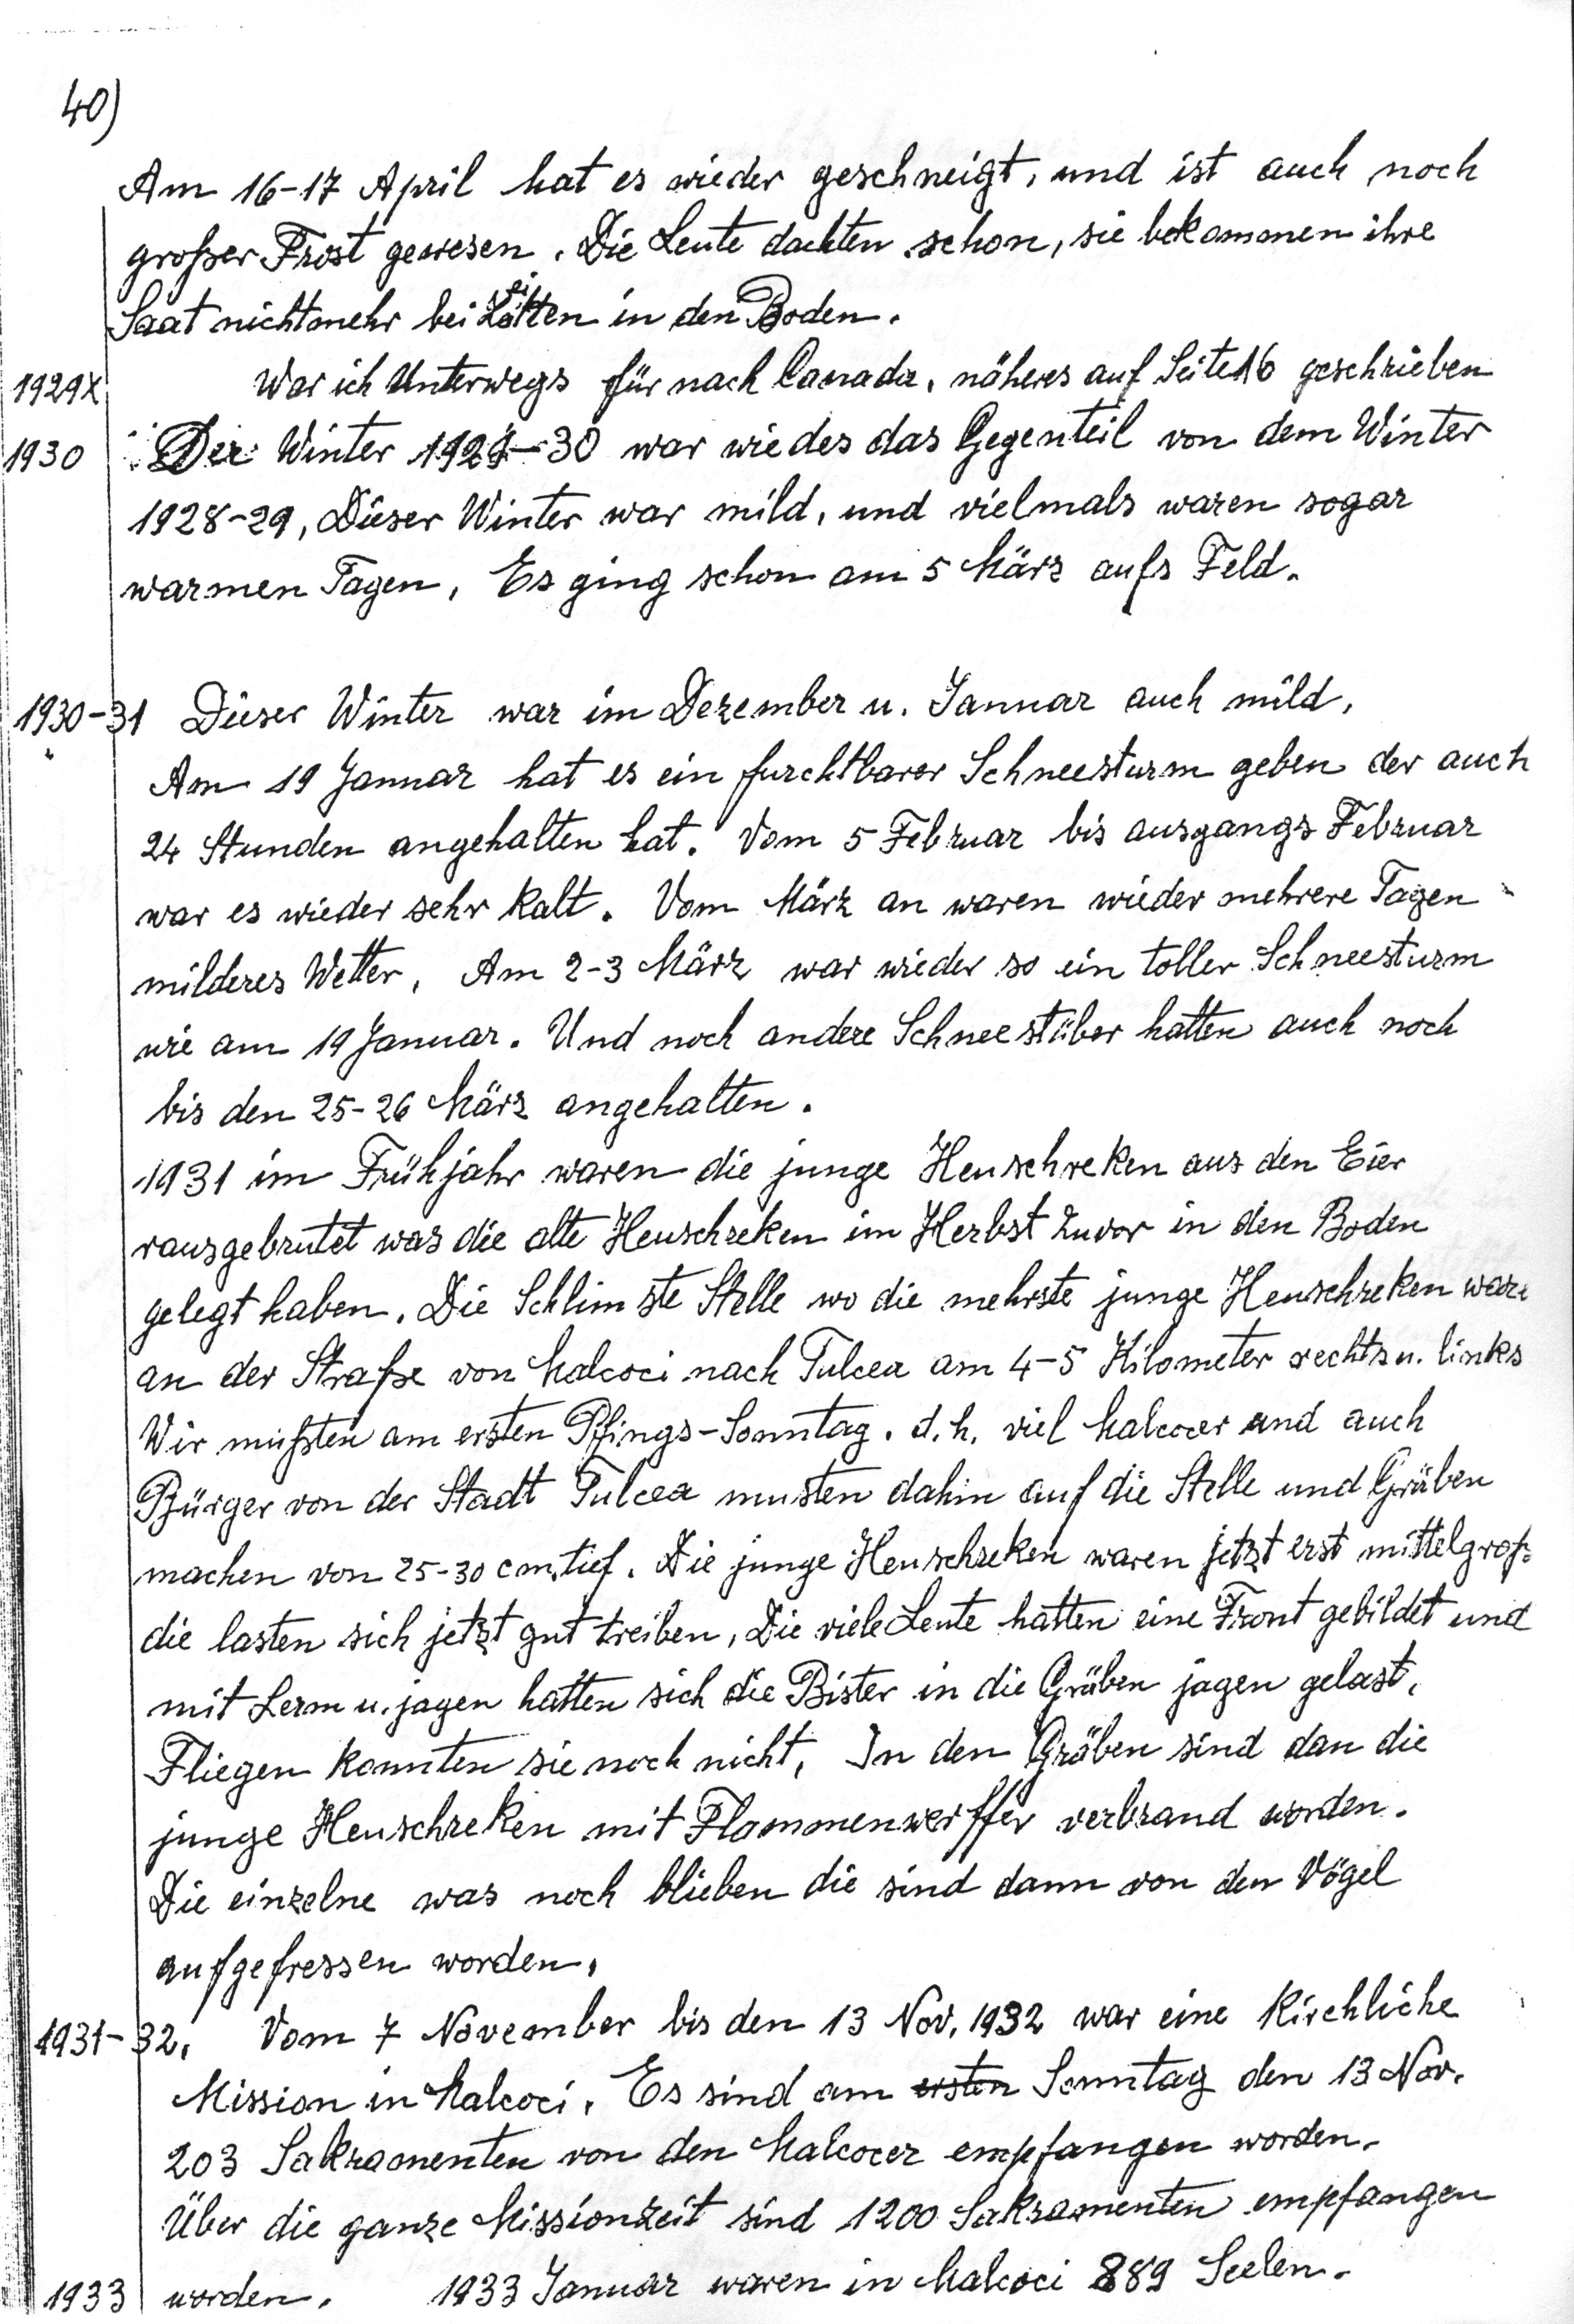
40)
Am 16-17 April hat es wieder geschneigt, und ist auch noch
großer Prost gewesen. Die Leute dackten schon, sie bekommen ihre
Saat nichtmehr bei Lötten in den oden.
19292. War ich Unterwegs für nach lanader, näheres auf Seitetb geschrieben
1930Der: Winter 1928-30 war wie des das Gegenteil von dem Winter
1928-29, Dieser Winter war mild, und vielmals waren sogar
warmen Tagen. Es ging schon am 5 März aufs Feld.
1930-31 Dieser Winter war im Dezember u. Januar auch mild.
Am 19 Jannar hat es ein furchtbarer Schneesturm geben der auch
24 Stunden angehalten hat. Vom 5 Februar bis ausgangs Februar
war es wieder sehr kalt. Vom März an waren wieder mehrere Tagen
milderes Wetter. Am 2-3 März war wieder so ein toller Schneesturm
wie am 19 Januar. Und noch andere Schnee stüber hatten auch noch
bis den 25-26 März angehalten.
1931 im Frühjahr waren die junge Heuschreken aus den Eier
rausgebrutet was die alte Heuscheiken im Hlerbst zuvor in den Boden
gelegt haben. Die Schlimste Stelle wo die mehrste junge Heuschseken were
an der Straße von Malcoci nach Tulcca am 4-5 Kilometer rechts u. links
Wir müßten am ersten Plings-Sonntag, d. h. viel Malcocr and auch
Bürger von der Stadt Tulcea musten dahin auf die Stelle und Grüben
machen von 25-30 Emtief. Die junge Heuschreken waren jetzt erst mittelgroß
die lasten sich jetzt gut treiben., Die viele Leute hatten eine Front gebildt und
mit Lerm u. jagen hatten sich die Bister in die Grüben jagen gelast.
Fliegen konnten sie noch nicht. In den Gräben sind dan die
junge Heuschreken mit Plomonenwerffer verbrand worden.
Die einzelne was noch blieben die sind dann von den Vögel
aufgefressen worden,
1931-82. Vom 7 November bis den 13 Nov. 1932 war eine Kischliche
Mission in Halcoci. Es sind am ersten Sanntag den 13 Nov.
203 Sakramenten von den Malcocer empfangen worden.
Über die ganze Missionzeit sind 1200 Saksamenten empfangen
1933 worden. 1933 Januar waren in Malcoci 889 Seelen.